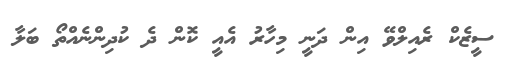
ސީޒެކް ރެއިލްވޭ އިން ދަނީ މިހާރު އެއީ ކޮން ދެ ކުދިންނެއްތޯ ބަލާ